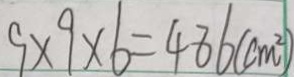
9 \times 9 \times 6 = 4 8 6 ( c m ^ { 2 } )